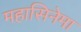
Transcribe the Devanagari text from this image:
महासिनेमा